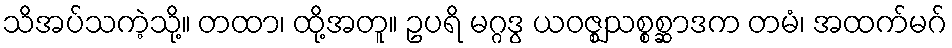
သိအပ်သကဲ့သို့။ တထာ၊ ထို့အတူ။ ဥပရိ မဂ္ဂဒွ ယဝဇ္ဈသစ္စစ္ဆာဒက တမံ၊ အထက်မဂ်